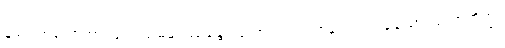
ချမ်းသာသောအားဖြင့်။ သမနုပဿန္တော၊ ကောင်းစွာအဘန်တလဲလဲရှုသော။ သောဘိက္ခု၊